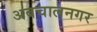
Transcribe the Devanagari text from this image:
अबचालनगर